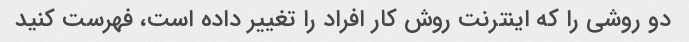
دو روشی را که اینترنت روش کار افراد را تغییر داده است، فهرست کنید